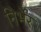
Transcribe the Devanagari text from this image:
निर्भेर